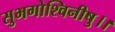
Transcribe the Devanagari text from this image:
सुभगोश्विनीषु।।